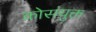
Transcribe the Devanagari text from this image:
कोसंयुक्त